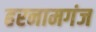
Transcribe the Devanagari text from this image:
हरनामगंज